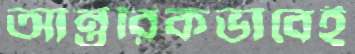
আন্তরিকভাবেই